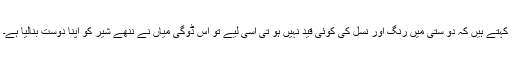
کہتے ہیں کہ دو ستی میں رنگ اور نسل کی کوئی قید نہیں ہو تی اسی لیے تو اس ڈوگی میاں نے ننھے شیر کو اپنا دوست بنالیا ہے۔